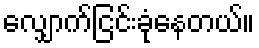
လျှောက်ငြင်းခုံနေတယ်။